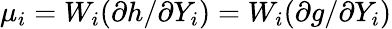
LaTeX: \mu_{i}=W_{i}({\partial h}/{\partial Y_{i}})=W_{i}({\partial g}/{\partial Y_{i}})